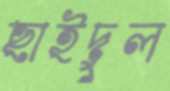
ছাইদুল